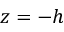
z = - h